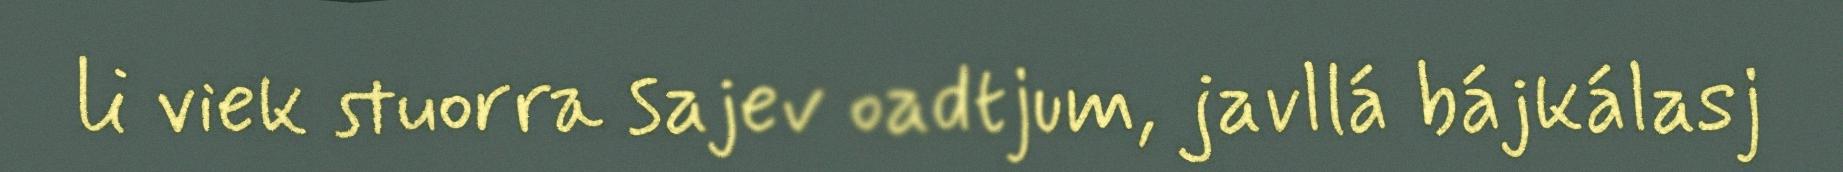
li viek stuorra sajev oadtjum, javllá bájkálasj